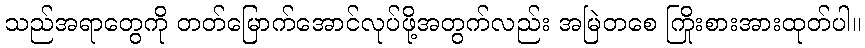
သည်အရာတွေကို တတ်မြောက်အောင်လုပ်ဖို့အတွက်လည်း အမြဲတစေ ကြိုးစားအားထုတ်ပါ။